Civil Veterinary Department Bihar & Orissa reports 1911-21 - 1911-1921
Year: 1911
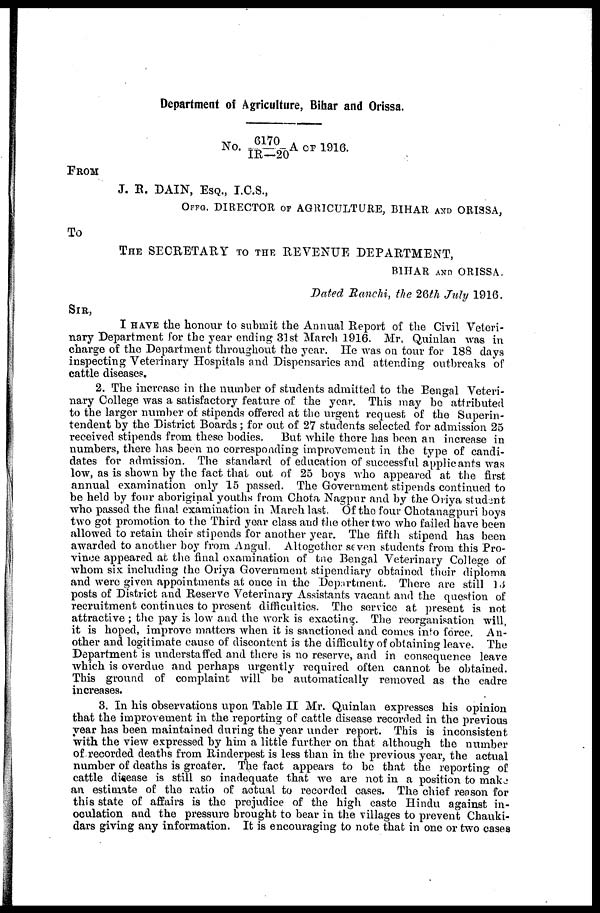
Department of Agriculture, Bihar and Orissa.
NO. 6170/IR--20 A OF 1916.
FROM
J. R. DAIN, ESQ., I.C.S.,
OFFG. DIRECTOR OF AGRICULTURE, BIHAR AND ORISSA,
To
THE SECRETARY TO THE REVENUE DEPARTMENT,
BIHAR AND ORISSA.
Dated Ranchi, the 26th July 1916.
SIR,
I HAVE the honour to submit the Annual Report of the Civil Veteri-
nary Department for the year ending 31st March 1916. Mr. Quinlan was in
charge of the Department throughout the year. He was on tour for 188 days
inspecting Veterinary Hospitals and Dispensaries and attending outbreaks of
cattle diseases.
2. The increase in the number of students admitted to the Bengal Veteri-
nary College was a satisfactory feature of the year. This may be attributed
to the larger number of stipends offered at the urgent request of the Superin-
tendent by the District Boards ; for out of 27 students selected for admission 25
received stipends from these bodies.
But while there has been an increase in
numbers, there has been no corresponding improvement in the type of candi-
dates for admission. The standard of education of successful applicants was
low, as is shown by the fact that out of 25 boys who appeared at the first
annual examination only 15 passed. The Government stipends continued to
be held by four aboriginal youths from Chota Nagpur and by the Oriya student
who passed the final examination in March last. Of the four Chotanagpuri boys
two got promotion to the Third year class and the other two who failed have been
allowed to retain their stipends for another year. The fifth stipend has been
awarded to another boy from Angul. Altogether seven students from this Pro-
vince appeared at the final examination of the Bengal Veterinary College of
whom six including the Oriya Government stipendiary obtained their diploma
and were given appointments at once in the Department. There are still 13
posts of District and Reserve Veterinary Assistants vacant and the question of
recruitment continues to present difficulties. The service at present is not
attractive ; the pay is low and the work is exacting. The reorganisation will,
it is hoped, improve matters when it is sanctioned and comes into force. An-
other and logitimate cause of discontent is the difficulty of obtaining leave. The
Department is understaffed and there is no reserve, and in consequence leave
which is overdue and perhaps urgently required often cannot be obtained.
This ground of complaint will be automatically removed as the cadre
increases.
3. In his observations upon Table II Mr. Quinlan expresses his opinion
that the improvement in the reporting of cattle disease recorded in the previous
year has been maintained during the year under report. This is inconsistent
with the view expressed by him a little further on that although the number
of recorded deaths from Rinderpest is less than in the previous year, the actual
number of deaths is greater. The fact appears to be that the reporting of
cattle disease is still so inadequate that we are not in a position to make
an estimate of the ratio of actual to recorded cases. The chief reason for
this state of affairs is the prejudice of the high caste Hindu against in-
oculation and the pressure brought to bear in the villages to prevent Chauki-
dars giving any information. It is encouraging to note that in one or two cases